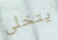
يتخلى